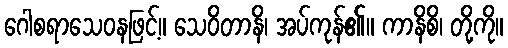
ဂေါစရာသေဝနဖြင့်။ သေဝိတာနိ၊ အပ်ကုန်၏။ ကာနိစိ၊ တို့ကို။